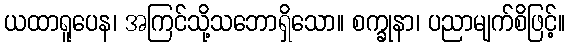
ယထာရူပေန၊ အကြင်သို့သဘောရှိသော။ စက္ခုနာ၊ ပညာမျက်စိဖြင့်။